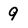
Character: 9